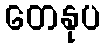
တေနုပ